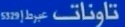
اتوانات عطراً53